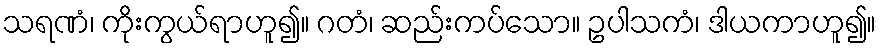
သရဏံ၊ ကိုးကွယ်ရာဟူ၍။ ဂတံ၊ ဆည်းကပ်သော။ ဥပါသကံ၊ ဒါယကာဟူ၍။